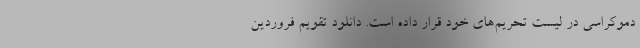
دموکراسی در لیست تحریم‌های خود قرار داده است. دانلود تقویم فروردین